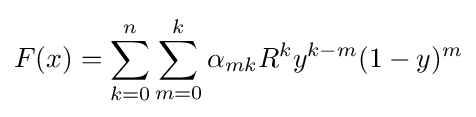
F(x)=\sum _{k=0}^{n}\sum _{m=0}^{k}\alpha _{mk}R^{k}y^{k-m}(1-y)^{m}